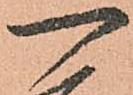
一